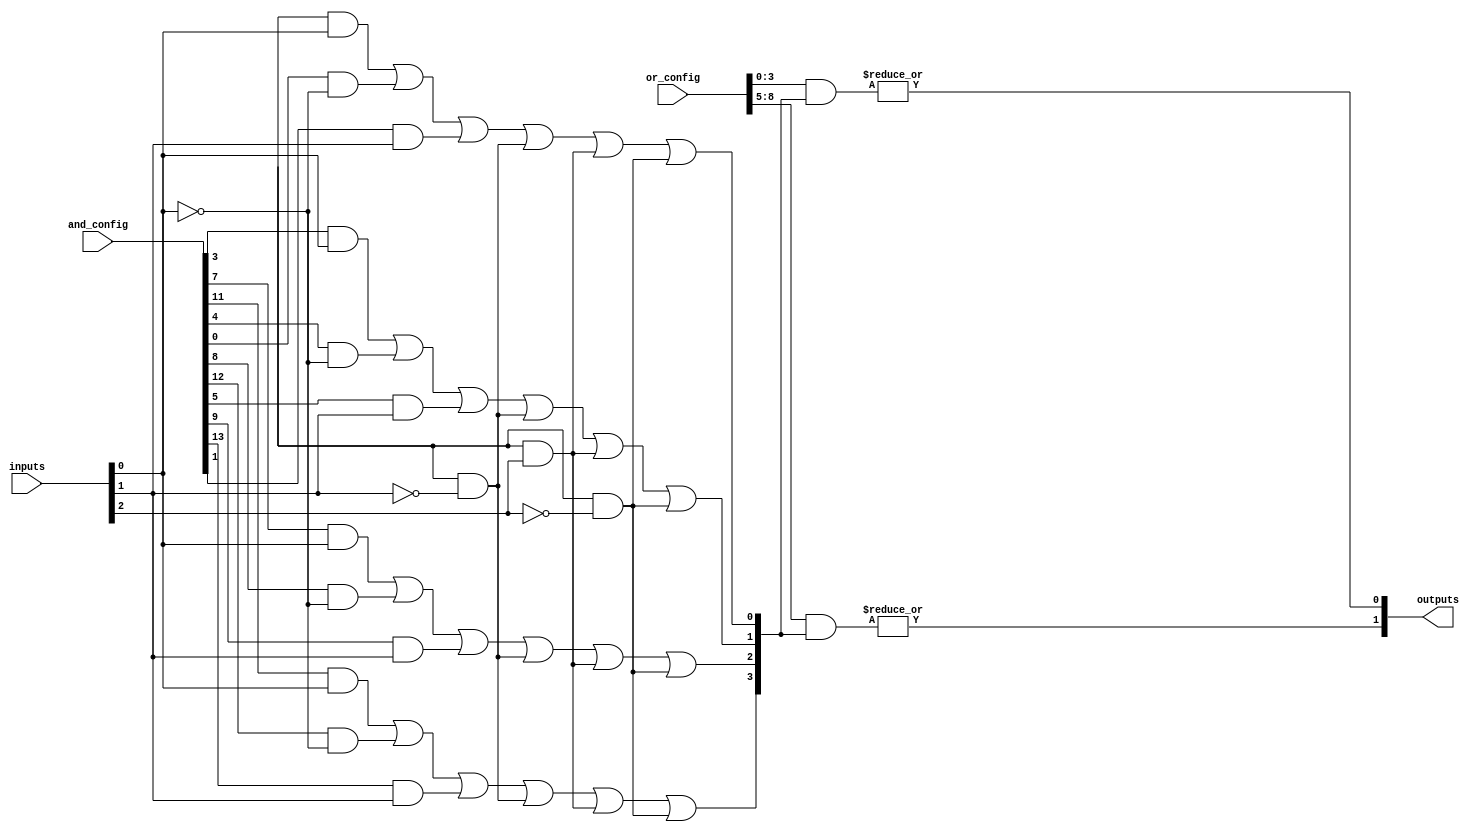
module PLA #(
    parameter NUM_INPUTS = 3,  // Number of inputs (A, B, C, ...)
    parameter NUM_AND_GATES = 4, // Number of AND gates (product terms)
    parameter NUM_OUTPUTS = 2   // Number of outputs (Y1, Y2, ...)
)(
    input wire [NUM_INPUTS-1:0] inputs, // Input signals (A, B, C, ...)
    input wire [NUM_AND_GATES*(NUM_INPUTS+1)-1:0] and_config, // Configuration bits for AND gates
    input wire [NUM_OUTPUTS*(NUM_AND_GATES+1)-1:0] or_config, // Configuration bits for OR gates
    output wire [NUM_OUTPUTS-1:0] outputs // Output signals (Y1, Y2, ...)
);

// Intermediate wires for AND gate outputs
wire [NUM_AND_GATES-1:0] and_outputs;

// Generate AND gates based on configuration
genvar i, j;
generate
    for (i = 0; i < NUM_AND_GATES; i = i + 1) begin : and_gate
        wire [NUM_INPUTS-1:0] and_inputs;
        wire and_output;

        // Configure inputs for each AND gate
        assign and_inputs = {
            and_config[(i*(NUM_INPUTS+1) + NUM_INPUTS - 1):i*(NUM_INPUTS+1) + NUM_INPUTS - NUM_INPUTS], 
            and_config[(i*(NUM_INPUTS+1) + NUM_INPUTS - 1):i*(NUM_INPUTS+1) + NUM_INPUTS - NUM_INPUTS - 1]
        };

        // Generate the AND output based on the configuration
        assign and_output = (and_inputs[0] & inputs[0]) |
                            (and_inputs[1] & ~inputs[0]) |
                            (and_inputs[2] & inputs[1]) |
                            (and_inputs[3] & ~inputs[1]) |
                            (and_inputs[4] & inputs[2]) |
                            (and_inputs[5] & ~inputs[2]);

        assign and_outputs[i] = and_output;
    end
endgenerate

// Generate OR gates based on configuration
generate
    for (j = 0; j < NUM_OUTPUTS; j = j + 1) begin : or_gate
        wire [NUM_AND_GATES-1:0] or_inputs;

        // Configure inputs for each OR gate
        assign or_inputs = or_config[(j*(NUM_AND_GATES+1) + NUM_AND_GATES - 1):(j*(NUM_AND_GATES+1))];

        // Generate the final output for each OR gate
        assign outputs[j] = |(or_inputs & and_outputs);
    end
endgenerate

endmodule